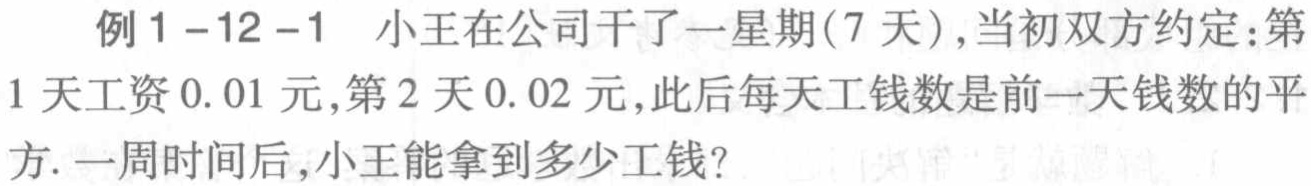
例1 -12 -1 小王在公司干了一星期(7 天),当初双方约定:第1天工资\(0.01\)元,第2天\(0.02\)元,此后每天工钱数是前一天钱数的平方. 一周时间后,小王能拿到多少工钱?